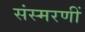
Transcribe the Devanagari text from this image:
संस्मरणीं